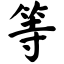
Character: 等